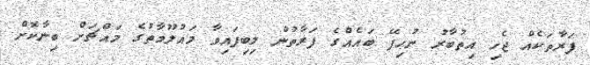
ފަރާތަކެއް ޖެހި އިތުބާރު ނުހިފޭ ބައެއްގެ ފަރާތުން ލިބިފައިވާ މައުލޫމާތުގެ މައްޗަށް ބިނާކޮށް